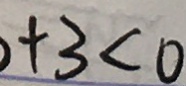
+ 3 < 0